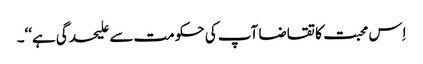
اِس محبت کا تقاضا آپ کی حکومت سے علیحدگی ہے‘‘۔